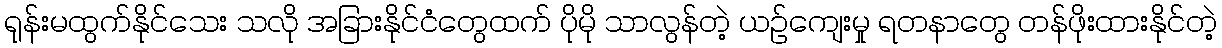
ရုန်းမထွက်နိုင်သေး သလို အခြားနိုင်ငံတွေထက် ပိုမို သာလွန်တဲ့ ယဉ်ကျေးမှု ရတနာတွေ တန်ဖိုးထားနိုင်တဲ့